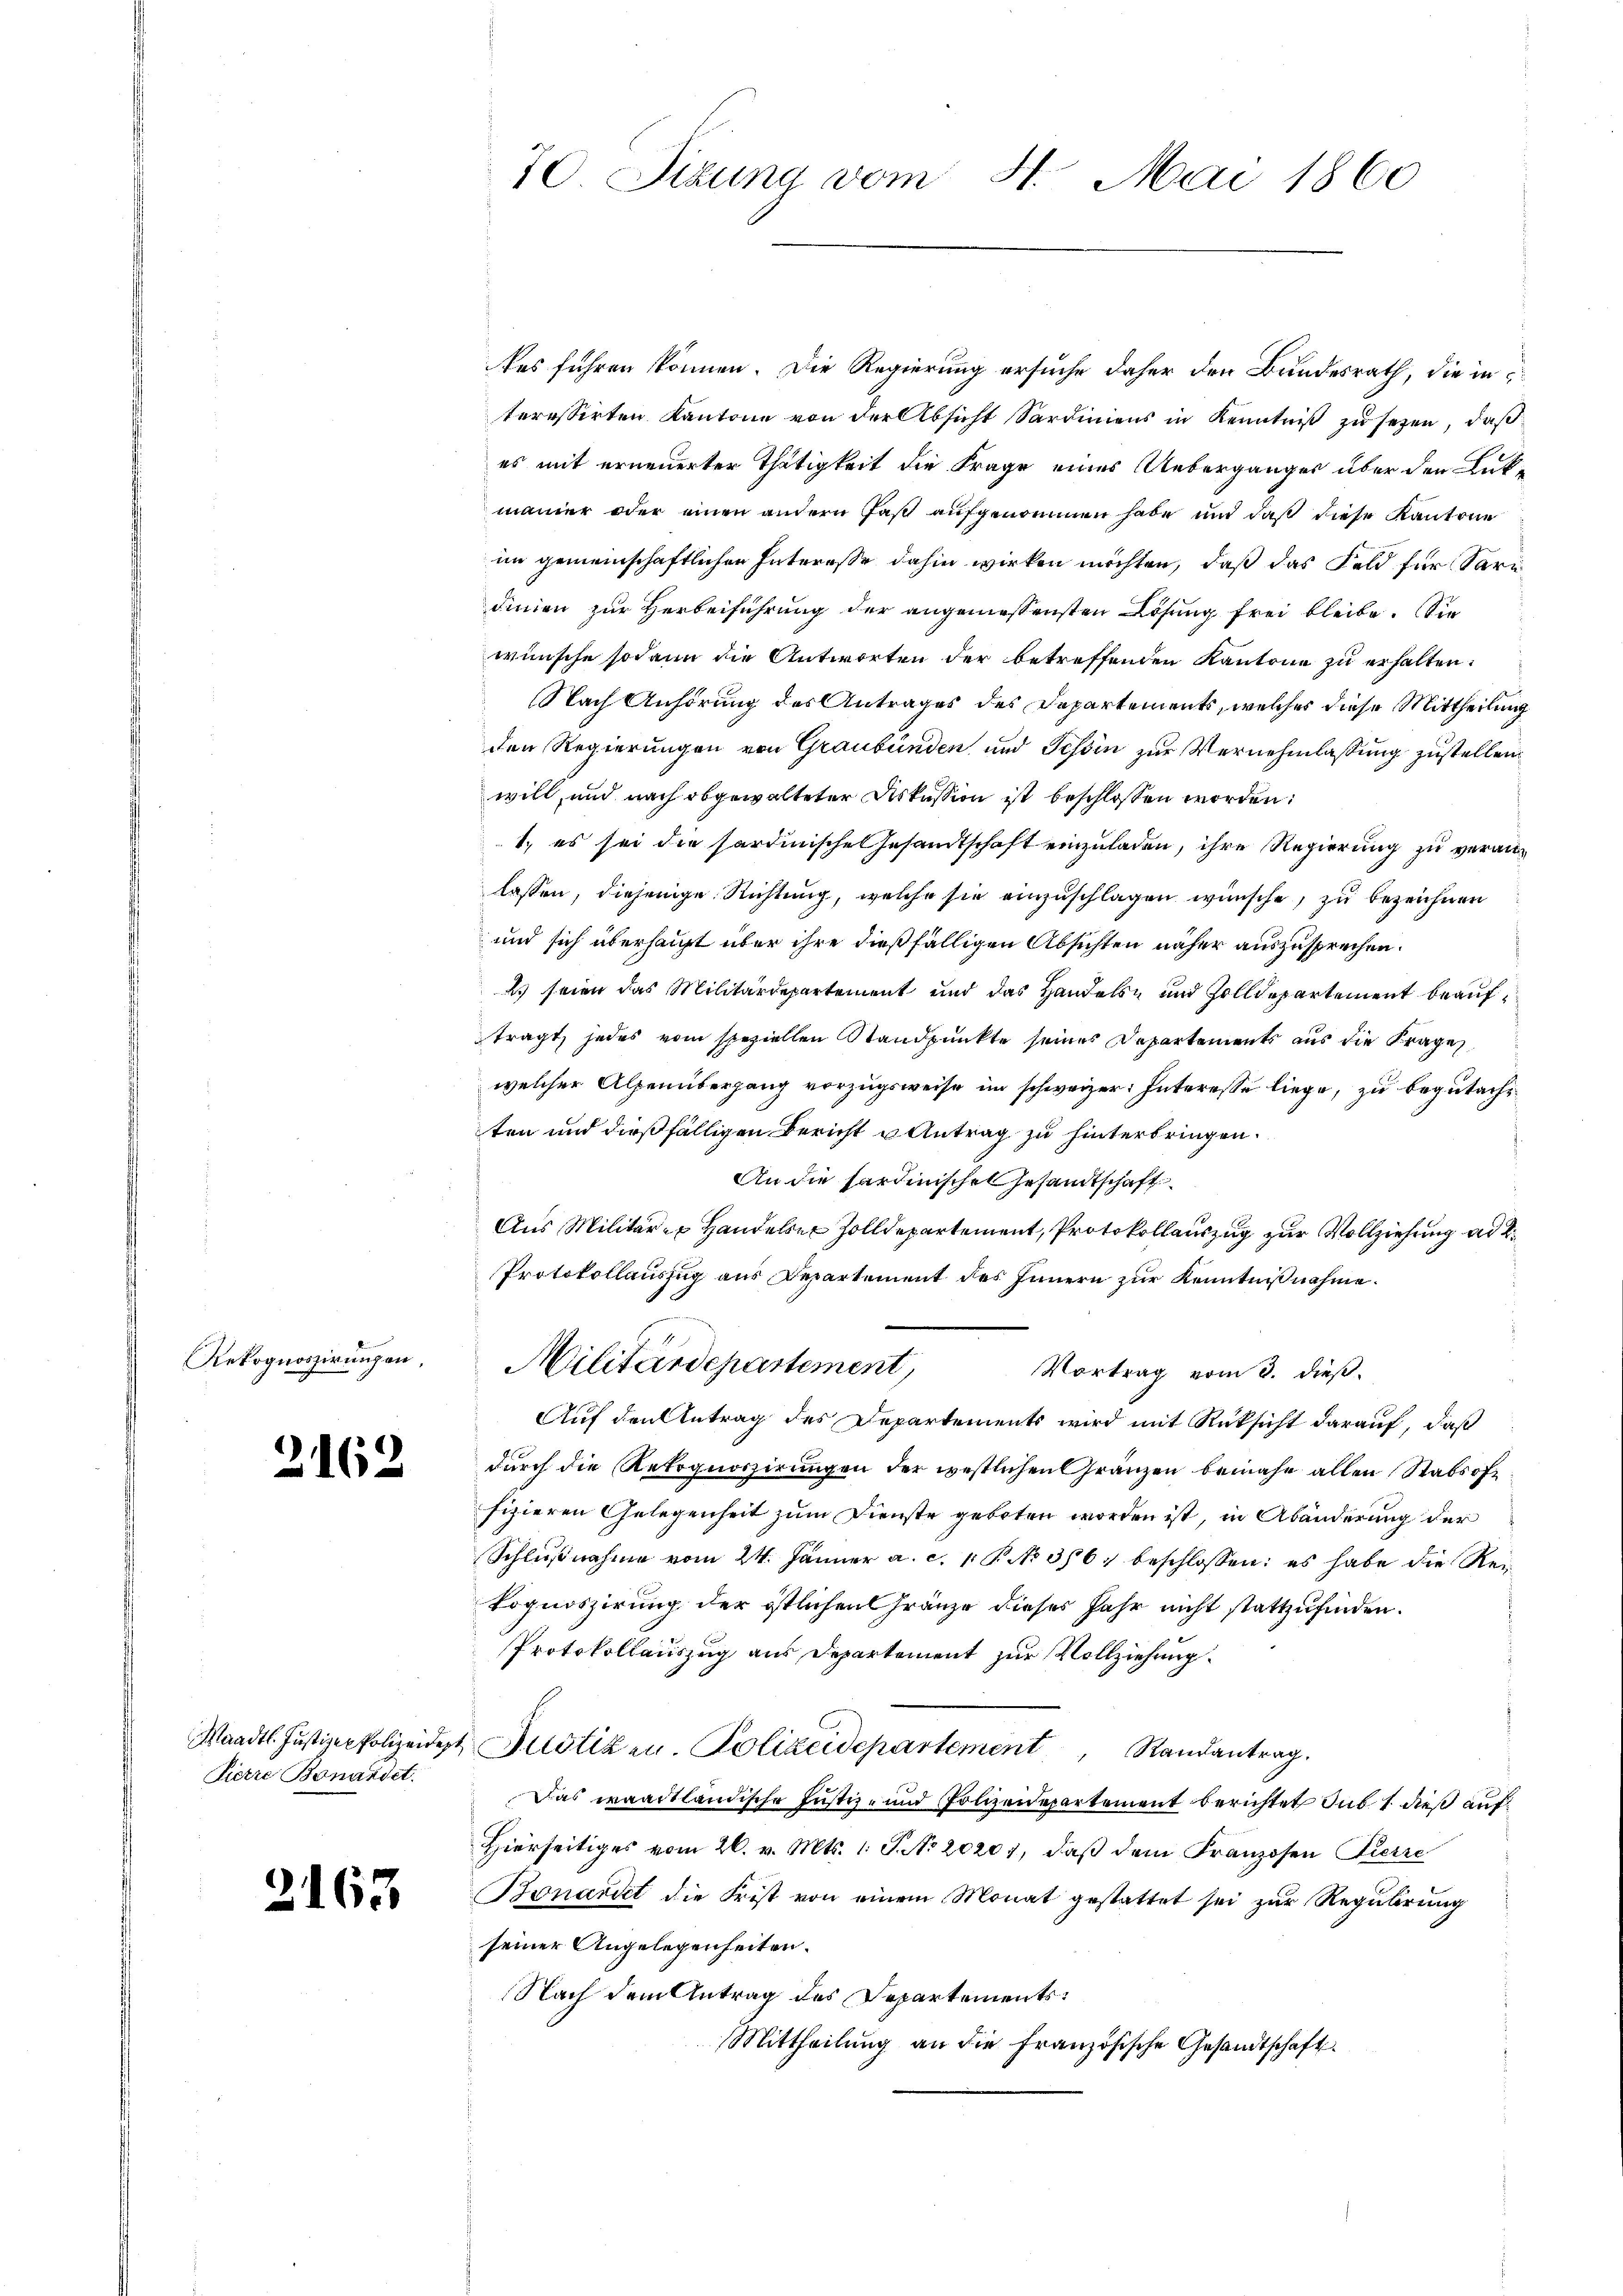
Rekognoszirungen,

2162

Pierre Bonandet.

2163

tes führen können. Die Regierung ersuche daher den Bundesrath, die in
teressirten Kantone von der Absicht Sardiniens in Kenntniß zu sezen, daß
es mit erneuerter Thätigkeit die Frage eines Ueberganges über den Lütmaier oder einen andern fast aufgenommen habe und daß diese Kantone
im gemeinschaftlichen Interesse dahin wirken möchten, daß das Feld für Saridinien zur Herbeiführung der angemessensten Lösung frei bleibe. Sie
wünsche sodann die Antworten der betreffenden Kantone zu erhalten.
Nach Anhörung des Antrages des Departements, welches diese Mittheilung
den Regierungen von Graubünden und Tessin zur Vernehmlassung zustellen.
will, und nach abgewalteter Diskussion ist beschlossen worden:
1. es sei die Sardinische Gesandtschaft einzuladen, ihre Regierung zu veranlassen, diejenige Richtung, welche sie einzuschlagen wünsche, zu bezeichnen
und sich überhaupt über ihre dießfälligen Absichten näher auszusprechen.
Es seien das Militärdepartement und das Handels- und Zolldepartement beauftragt, jedes vom speziellen Standpunkte seines Departements aus die Frage
welcher Alpenübergang vorzugsweise im schweizer: Interesse liege, zu begutacht
ten und dießfälligen Bericht u Antrag zu hinterbringen.
An die Sardinische Gesandtschaft
Aus Militär- Handelser Zolldepartement, Protokollauszug zur Vollziehung und K
Protokollauszug aus Departement des Innern zur Kenntnißnahme.
Militärdepartement,
Vortrag vom 3. dieß.
Auf den Antrag des Departements wird mit Rücksicht darauf, daß
durch die Rekognoszirungen der westlichen Gränzen beinahe allen Stabsofe
fizieren Gelegenheit zum Dienste geboten worden ist, in Abänderung der
Schlußnahme vom 24. Jänner a. c. 1 P. N. 376 beschlossen: es habe die Rei¬
Lognoszirung der östlichen Gränze dieses Jahr nicht stattzufinden.
Protokollauszug aus Departement zur Vollziehung.
Waadt. Justizen Polizeider Justizen. Polizeidepartement Randantrag.
Das waadtländische Justiz- und Polizen partement berichtet sub 1 dieß auf
Hierseitiges vom 26. v. Mts. 1. P. No 20207, daß dem Franzosen Pierre
Bonardet die Frist von einem Monat gestattet sei zur Regulirung
seiner Angelegenheiten.
Nach dem Antrag des Departements¬
Mittheilung an die Französische Gesandtschaft

70. Sitzung vom 31. Mai 1860